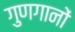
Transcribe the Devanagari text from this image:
गुणगानों